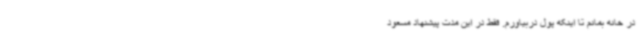
در خانه بمانم تا اینکه پول دربیاورم. فقط در این مدت پیشنهاد مسعود